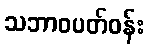
သဘာဝပတ်ဝန်း